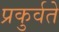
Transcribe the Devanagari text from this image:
प्रकुर्वते